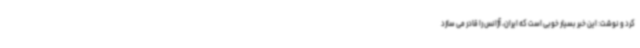
کرد و نوشت: این خبر بسیار خوبی است که ایران، آژانس را قادر می سازد